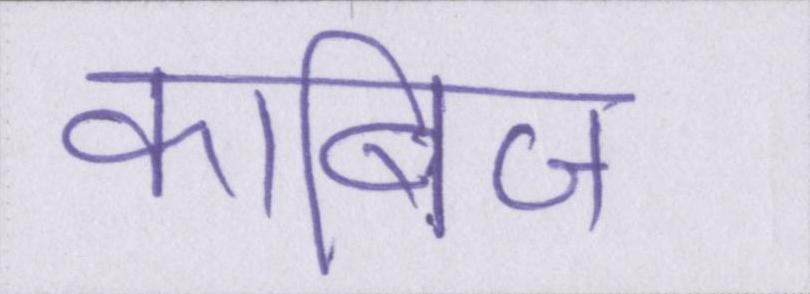
काबिज